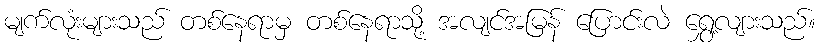
မျက်လုံးများသည် တစ်နေရာမှ တစ်နေရာသို့ အလျင်အမြန် ပြောင်းလဲ ရွှေ့လျားသည်။